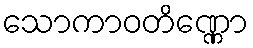
သောကာဝတိဏ္ဏော